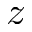
z